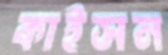
কাইসন